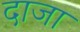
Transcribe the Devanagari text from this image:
दाजा